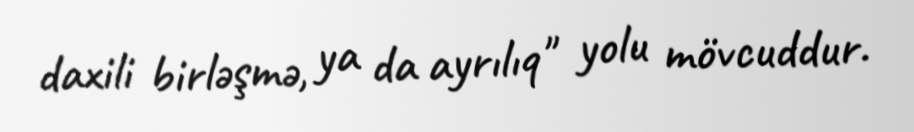
daxili birləşmə, ya da ayrılıq" yolu mövcuddur.